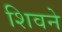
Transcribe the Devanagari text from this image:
शिवने